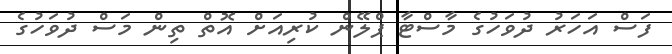
ފަސް އަހަރު ދުވަހުގެ މާސްޓާ ޕްލޭން ކުރިއަށް އޮތް ތިން މަސް ދުވަހުގެ